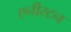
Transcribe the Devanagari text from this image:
एनीस्टन